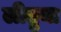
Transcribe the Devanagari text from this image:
लीतुया